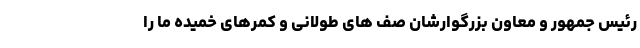
رئیس جمهور و معاون بزرگوارشان صف های طولانی و کمرهای خمیده ما را